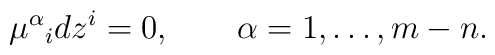
\mu^\alpha{}_i dz^i = 0, \qquad \alpha = 1, \ldots, m-n.